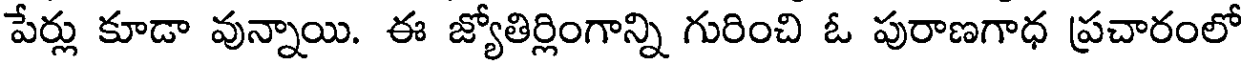
పేర్లు కూడా వున్నాయి. ఈ జ్యోతిర్లింగాన్ని గురించి ఓ పురాణగాధ ప్రచారంలో